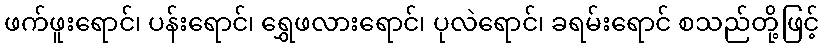
ဖက်ဖူးရောင်၊ ပန်းရောင်၊ ရွှေဖလားရောင်၊ ပုလဲရောင်၊ ခရမ်းရောင် စသည်တို့ဖြင့်